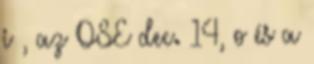
i , az OSE dec. 14, o és a